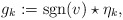
\begin{align*}g_k := {\rm sgn}(v) \star \eta_k,\end{align*}